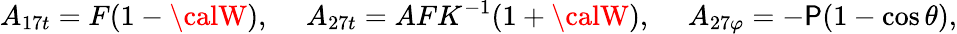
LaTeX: A_{17t}=F(1-{\calW}),\ \ \ \ \ A_{27t}=AFK^{-1}(1+{\calW}),\ \ \ \ \ A_{27\varphi}=-\mathsf{P}(1-\cos\theta),